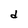
Character: d